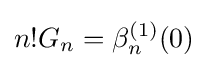
n!G_{n}=\beta _{n}^{(1)}(0)